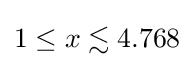
1\leq x\lesssim 4.768